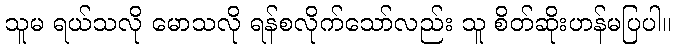
သူမ ရယ်သလို မောသလို ရန်စလိုက်သော်လည်း သူ စိတ်ဆိုးဟန်မပြပါ။